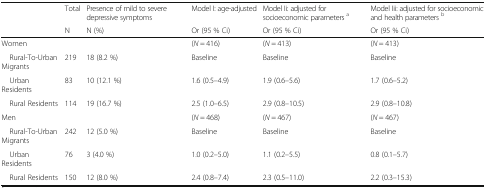
<table><thead><tr><td></td><td><b>Total</b></td><td><b>Presence of mild to severe depressive symptoms</b></td><td><b>Model I: age-adjusted</b></td><td><b>Model Ii: adjusted for socioeconomic parameters <sup>a</sup></b></td><td><b>Model Iii: adjusted for socioeconomic and health parameters <sup>b</sup></b></td></tr><tr><td></td><td><b>N</b></td><td><b>N (%)</b></td><td><b>Or (95 % Ci)</b></td><td><b>Or (95 % Ci)</b></td><td><b>Or (95 % Ci)</b></td></tr></thead><tbody><tr><td>Women</td><td></td><td></td><td>(<i>N</i> = 416)</td><td>(<i>N</i> = 413)</td><td>(<i>N</i> = 413)</td></tr><tr><td> Rural-To-Urban Migrants</td><td>219</td><td>18 (8.2 %)</td><td>Baseline</td><td>Baseline</td><td>Baseline</td></tr><tr><td> Urban Residents</td><td>83</td><td>10 (12.1 %)</td><td>1.6 (0.5–4.9)</td><td>1.9 (0.6–5.6)</td><td>1.7 (0.6–5.2)</td></tr><tr><td> Rural Residents</td><td>114</td><td>19 (16.7 %)</td><td>2.5 (1.0–6.5)</td><td>2.9 (0.8–10.5)</td><td>2.9 (0.8–10.8)</td></tr><tr><td>Men</td><td></td><td></td><td>(<i>N</i> = 468)</td><td>(<i>N</i> = 467)</td><td>(<i>N</i> = 467)</td></tr><tr><td> Rural-To-Urban Migrants</td><td>242</td><td>12 (5.0 %)</td><td>Baseline</td><td>Baseline</td><td>Baseline</td></tr><tr><td> Urban Residents</td><td>76</td><td>3 (4.0 %)</td><td>1.0 (0.2–5.0)</td><td>1.1 (0.2–5.5)</td><td>0.8 (0.1–5.7)</td></tr><tr><td> Rural Residents</td><td>150</td><td>12 (8.0 %)</td><td>2.4 (0.8–7.4)</td><td>2.3 (0.5–11.0)</td><td>2.2 (0.3–15.3)</td></tr></tbody></table>